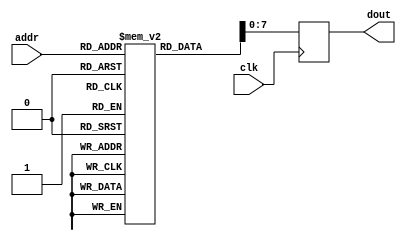
module rom #(
  parameter MEM_INIT_FILE = "",
  parameter DATA_WIDTH = 8,
  parameter DEPTH = 16384,
  parameter ADDRESS_WIDTH = $clog2(DEPTH)
) ( 
  input                       clk,
  input [ADDRESS_WIDTH-1:0]   addr,
  output reg [DATA_WIDTH-1:0] dout
);

  reg [DATA_WIDTH:0] rom [0:DEPTH-1];

  initial
    if (MEM_INIT_FILE != "")
      $readmemh(MEM_INIT_FILE, rom);
   
  always @(posedge clk) begin
    dout <= rom[addr];
  end

endmodule